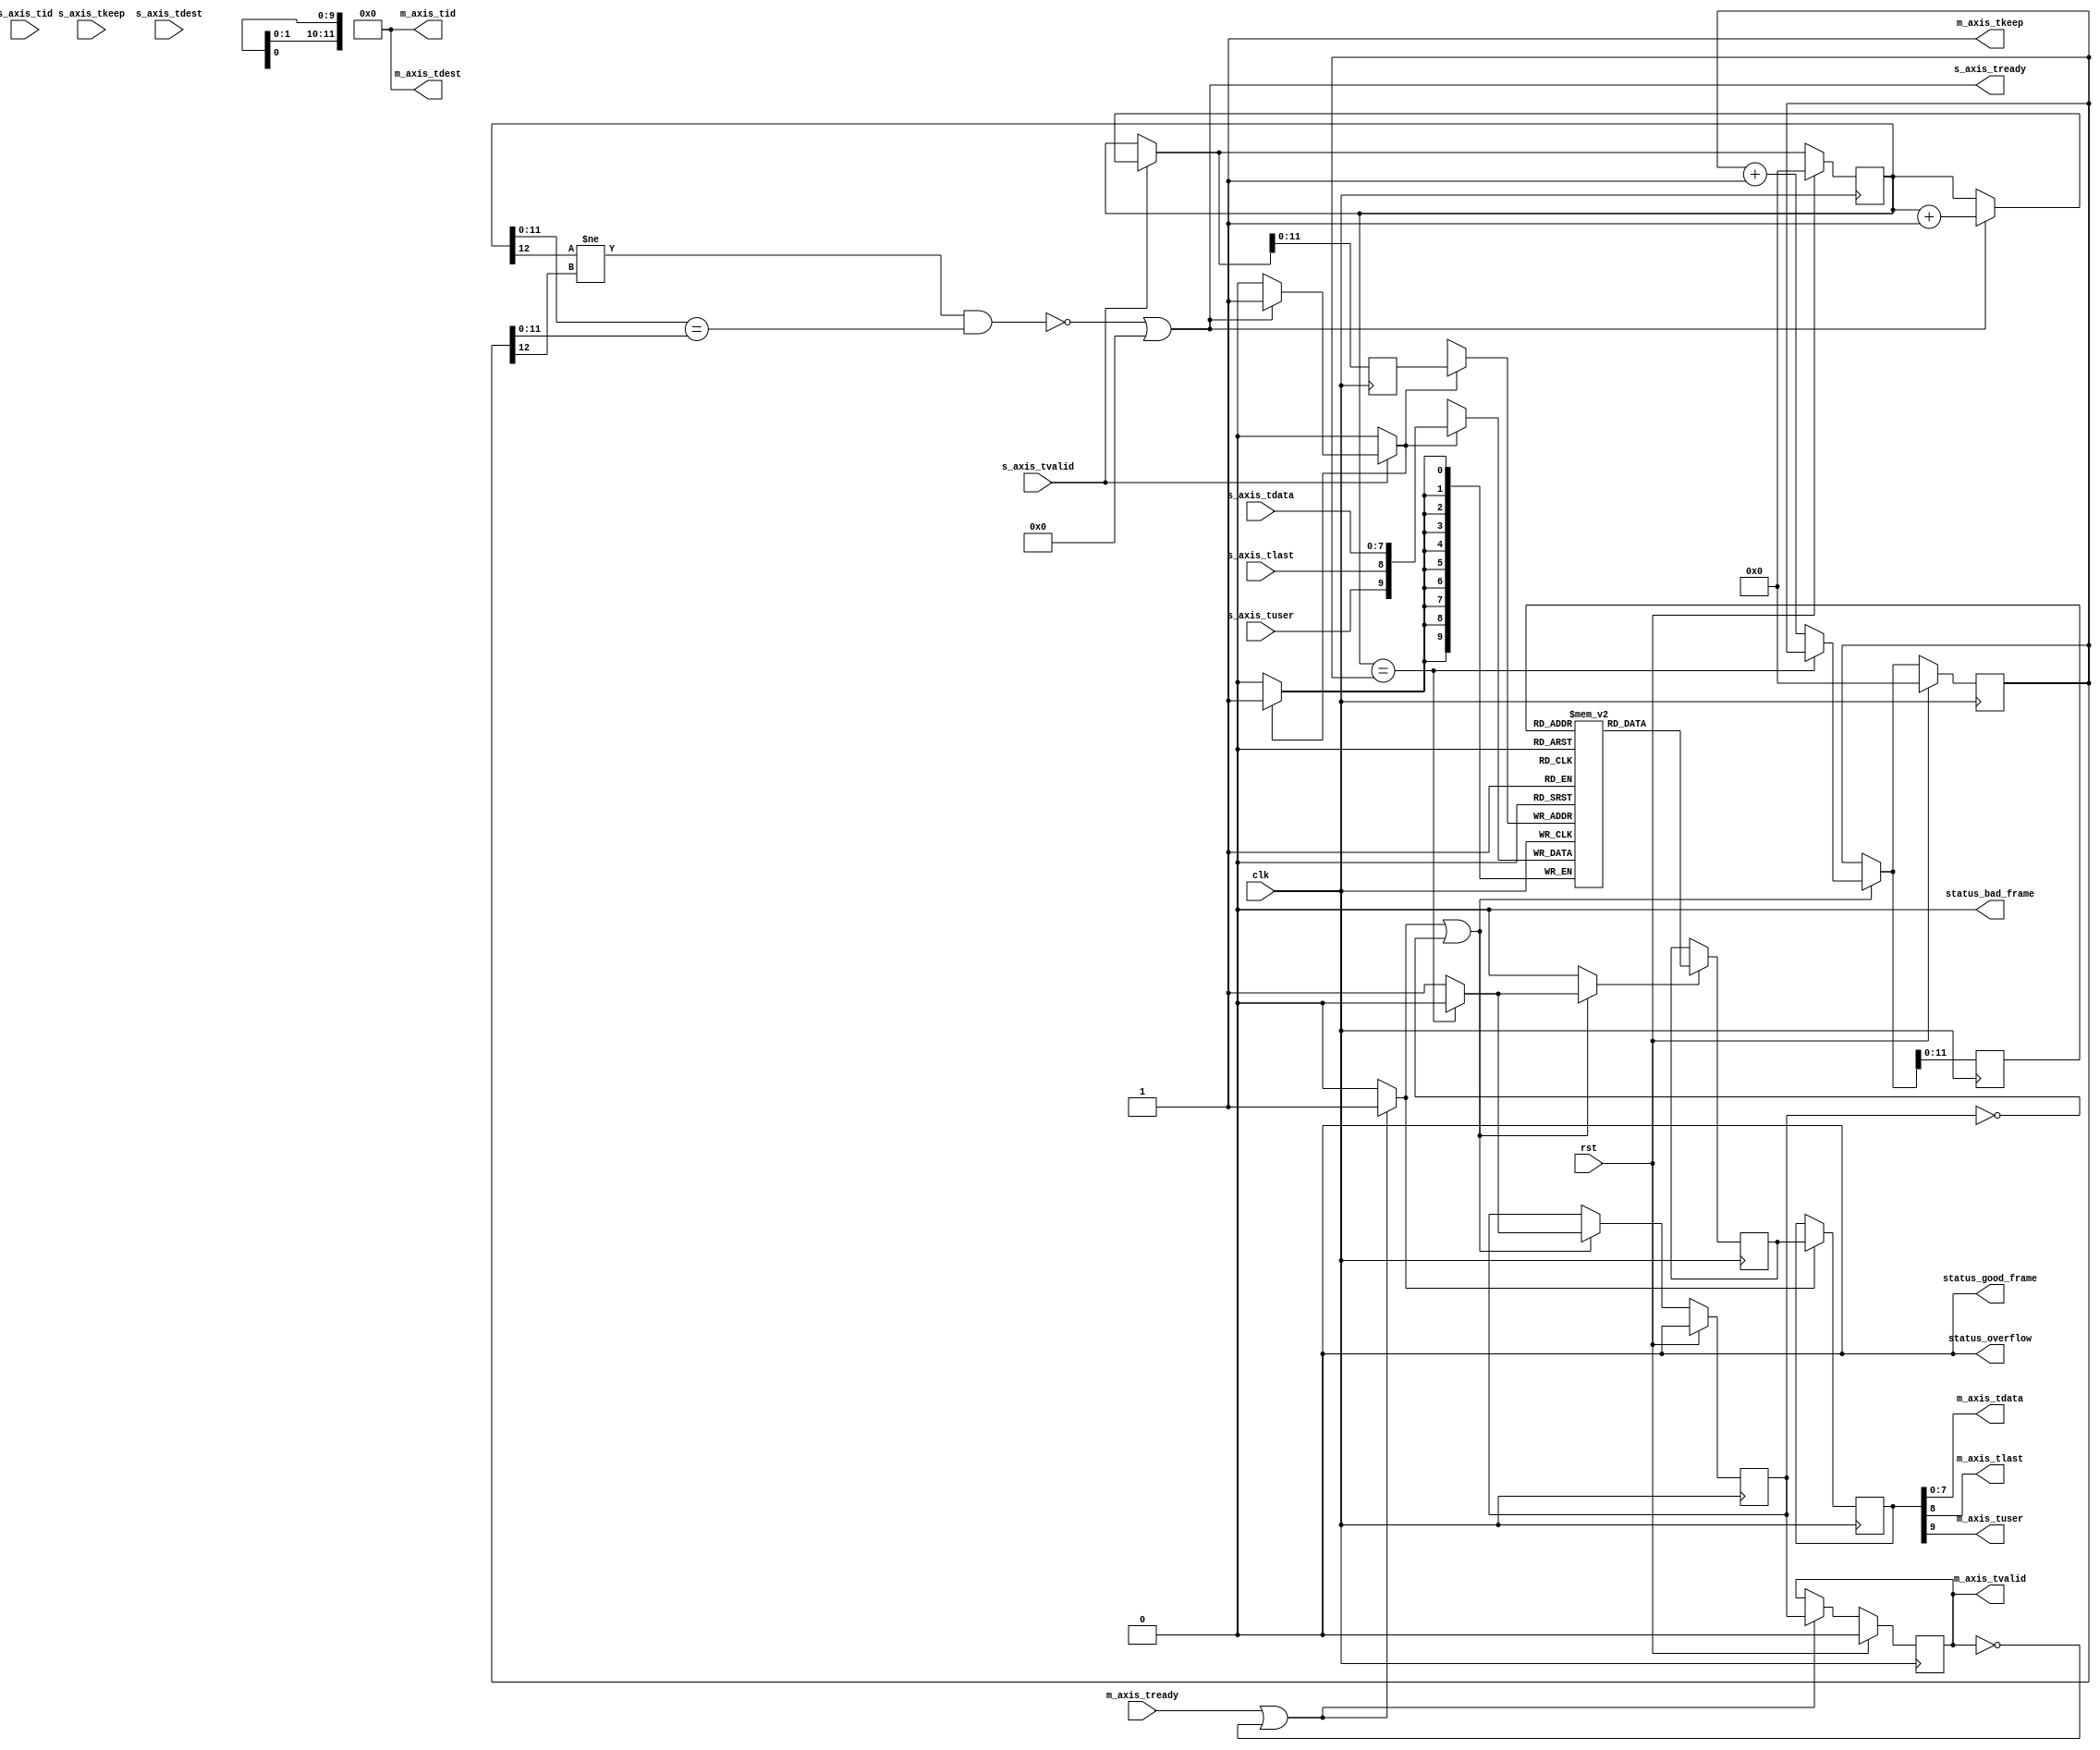
/*

Copyright (c) 2013-2018 Alex Forencich

Permission is hereby granted, free of charge, to any person obtaining a copy
of this software and associated documentation files (the "Software"), to deal
in the Software without restriction, including without limitation the rights
to use, copy, modify, merge, publish, distribute, sublicense, and/or sell
copies of the Software, and to permit persons to whom the Software is
furnished to do so, subject to the following conditions:

The above copyright notice and this permission notice shall be included in
all copies or substantial portions of the Software.

THE SOFTWARE IS PROVIDED "AS IS", WITHOUT WARRANTY OF ANY KIND, EXPRESS OR
IMPLIED, INCLUDING BUT NOT LIMITED TO THE WARRANTIES OF MERCHANTABILITY
FITNESS FOR A PARTICULAR PURPOSE AND NONINFRINGEMENT. IN NO EVENT SHALL THE
AUTHORS OR COPYRIGHT HOLDERS BE LIABLE FOR ANY CLAIM, DAMAGES OR OTHER
LIABILITY, WHETHER IN AN ACTION OF CONTRACT, TORT OR OTHERWISE, ARISING FROM,
OUT OF OR IN CONNECTION WITH THE SOFTWARE OR THE USE OR OTHER DEALINGS IN
THE SOFTWARE.

*/

// Language: Verilog 2001

`timescale 1ns / 1ps

/*
 * AXI4-Stream FIFO
 */
module axis_fifo #
(
    parameter ADDR_WIDTH = 12,
    parameter DATA_WIDTH = 8,
    parameter KEEP_ENABLE = (DATA_WIDTH>8),
    parameter KEEP_WIDTH = (DATA_WIDTH/8),
    parameter LAST_ENABLE = 1,
    parameter ID_ENABLE = 0,
    parameter ID_WIDTH = 8,
    parameter DEST_ENABLE = 0,
    parameter DEST_WIDTH = 8,
    parameter USER_ENABLE = 1,
    parameter USER_WIDTH = 1,
    parameter FRAME_FIFO = 0,
    parameter USER_BAD_FRAME_VALUE = 1'b1,
    parameter USER_BAD_FRAME_MASK = 1'b1,
    parameter DROP_BAD_FRAME = 0,
    parameter DROP_WHEN_FULL = 0
)
(
    input  wire                   clk,
    input  wire                   rst,

    /*
     * AXI input
     */
    input  wire [DATA_WIDTH-1:0]  s_axis_tdata,
    input  wire [KEEP_WIDTH-1:0]  s_axis_tkeep,
    input  wire                   s_axis_tvalid,
    output wire                   s_axis_tready,
    input  wire                   s_axis_tlast,
    input  wire [ID_WIDTH-1:0]    s_axis_tid,
    input  wire [DEST_WIDTH-1:0]  s_axis_tdest,
    input  wire [USER_WIDTH-1:0]  s_axis_tuser,

    /*
     * AXI output
     */
    output wire [DATA_WIDTH-1:0]  m_axis_tdata,
    output wire [KEEP_WIDTH-1:0]  m_axis_tkeep,
    output wire                   m_axis_tvalid,
    input  wire                   m_axis_tready,
    output wire                   m_axis_tlast,
    output wire [ID_WIDTH-1:0]    m_axis_tid,
    output wire [DEST_WIDTH-1:0]  m_axis_tdest,
    output wire [USER_WIDTH-1:0]  m_axis_tuser,

    /*
     * Status
     */
    output wire                   status_overflow,
    output wire                   status_bad_frame,
    output wire                   status_good_frame
);

// check configuration
initial begin
    if (FRAME_FIFO && !LAST_ENABLE) begin
        $error("Error: FRAME_FIFO set requires LAST_ENABLE set");
        $finish;
    end

    if (DROP_BAD_FRAME && !FRAME_FIFO) begin
        $error("Error: DROP_BAD_FRAME set requires FRAME_FIFO set");
        $finish;
    end

    if (DROP_WHEN_FULL && !FRAME_FIFO) begin
        $error("Error: DROP_WHEN_FULL set requires FRAME_FIFO set");
        $finish;
    end

    if (DROP_BAD_FRAME && (USER_BAD_FRAME_MASK & {USER_WIDTH{1'b1}}) == 0) begin
        $error("Error: Invalid USER_BAD_FRAME_MASK value");
        $finish;
    end
end

localparam KEEP_OFFSET = DATA_WIDTH;
localparam LAST_OFFSET = KEEP_OFFSET + (KEEP_ENABLE ? KEEP_WIDTH : 0);
localparam ID_OFFSET   = LAST_OFFSET + (LAST_ENABLE ? 1          : 0);
localparam DEST_OFFSET = ID_OFFSET   + (ID_ENABLE   ? ID_WIDTH   : 0);
localparam USER_OFFSET = DEST_OFFSET + (DEST_ENABLE ? DEST_WIDTH : 0);
localparam WIDTH       = USER_OFFSET + (USER_ENABLE ? USER_WIDTH : 0);

reg [ADDR_WIDTH:0] wr_ptr_reg = {ADDR_WIDTH+1{1'b0}}, wr_ptr_next;
reg [ADDR_WIDTH:0] wr_ptr_cur_reg = {ADDR_WIDTH+1{1'b0}}, wr_ptr_cur_next;
reg [ADDR_WIDTH:0] wr_addr_reg = {ADDR_WIDTH+1{1'b0}};
reg [ADDR_WIDTH:0] rd_ptr_reg = {ADDR_WIDTH+1{1'b0}}, rd_ptr_next;
reg [ADDR_WIDTH:0] rd_addr_reg = {ADDR_WIDTH+1{1'b0}};

reg [WIDTH-1:0] mem[(2**ADDR_WIDTH)-1:0];
reg [WIDTH-1:0] mem_read_data_reg;
reg mem_read_data_valid_reg = 1'b0, mem_read_data_valid_next;

wire [WIDTH-1:0] s_axis;

reg [WIDTH-1:0] m_axis_reg;
reg m_axis_tvalid_reg = 1'b0, m_axis_tvalid_next;

// full when first MSB different but rest same
wire full = ((wr_ptr_reg[ADDR_WIDTH] != rd_ptr_reg[ADDR_WIDTH]) &&
             (wr_ptr_reg[ADDR_WIDTH-1:0] == rd_ptr_reg[ADDR_WIDTH-1:0]));
// empty when pointers match exactly
wire empty = wr_ptr_reg == rd_ptr_reg;
// overflow within packet
wire full_cur = ((wr_ptr_reg[ADDR_WIDTH] != wr_ptr_cur_reg[ADDR_WIDTH]) &&
                 (wr_ptr_reg[ADDR_WIDTH-1:0] == wr_ptr_cur_reg[ADDR_WIDTH-1:0]));

// control signals
reg write;
reg read;
reg store_output;

reg drop_frame_reg = 1'b0, drop_frame_next;
reg overflow_reg = 1'b0, overflow_next;
reg bad_frame_reg = 1'b0, bad_frame_next;
reg good_frame_reg = 1'b0, good_frame_next;

assign s_axis_tready = (!full || DROP_WHEN_FULL);

generate
    assign s_axis[DATA_WIDTH-1:0] = s_axis_tdata;
    if (KEEP_ENABLE) assign s_axis[KEEP_OFFSET +: KEEP_WIDTH] = s_axis_tkeep;
    if (LAST_ENABLE) assign s_axis[LAST_OFFSET]               = s_axis_tlast;
    if (ID_ENABLE)   assign s_axis[ID_OFFSET   +: ID_WIDTH]   = s_axis_tid;
    if (DEST_ENABLE) assign s_axis[DEST_OFFSET +: DEST_WIDTH] = s_axis_tdest;
    if (USER_ENABLE) assign s_axis[USER_OFFSET +: USER_WIDTH] = s_axis_tuser;
endgenerate

assign m_axis_tvalid = m_axis_tvalid_reg;

assign m_axis_tdata = m_axis_reg[DATA_WIDTH-1:0];
assign m_axis_tkeep = KEEP_ENABLE ? m_axis_reg[KEEP_OFFSET +: KEEP_WIDTH] : {KEEP_WIDTH{1'b1}};
assign m_axis_tlast = LAST_ENABLE ? m_axis_reg[LAST_OFFSET]               : 1'b1;
assign m_axis_tid   = ID_ENABLE   ? m_axis_reg[ID_OFFSET   +: ID_WIDTH]   : {ID_WIDTH{1'b0}};
assign m_axis_tdest = DEST_ENABLE ? m_axis_reg[DEST_OFFSET +: DEST_WIDTH] : {DEST_WIDTH{1'b0}};
assign m_axis_tuser = USER_ENABLE ? m_axis_reg[USER_OFFSET +: USER_WIDTH] : {USER_WIDTH{1'b0}};

assign status_overflow = overflow_reg;
assign status_bad_frame = bad_frame_reg;
assign status_good_frame = good_frame_reg;

// Write logic
always @* begin
    write = 1'b0;

    drop_frame_next = 1'b0;
    overflow_next = 1'b0;
    bad_frame_next = 1'b0;
    good_frame_next = 1'b0;

    wr_ptr_next = wr_ptr_reg;
    wr_ptr_cur_next = wr_ptr_cur_reg;

    if (s_axis_tvalid) begin
        // input data valid
        if (!full || DROP_WHEN_FULL) begin
            // not full, perform write
            if (!FRAME_FIFO) begin
                // normal FIFO mode
                write = 1'b1;
                wr_ptr_next = wr_ptr_reg + 1;
            end else if (full || full_cur || drop_frame_reg) begin
                // full, packet overflow, or currently dropping frame
                // drop frame
                drop_frame_next = 1'b1;
                if (s_axis_tlast) begin
                    // end of frame, reset write pointer
                    wr_ptr_cur_next = wr_ptr_reg;
                    drop_frame_next = 1'b0;
                    overflow_next = 1'b1;
                end
            end else begin
                write = 1'b1;
                wr_ptr_cur_next = wr_ptr_cur_reg + 1;
                if (s_axis_tlast) begin
                    // end of frame
                    if (DROP_BAD_FRAME && (USER_BAD_FRAME_MASK & s_axis_tuser == USER_BAD_FRAME_VALUE)) begin
                        // bad packet, reset write pointer
                        wr_ptr_cur_next = wr_ptr_reg;
                        bad_frame_next = 1'b1;
                    end else begin
                        // good packet, update write pointer
                        wr_ptr_next = wr_ptr_cur_reg + 1;
                        good_frame_next = 1'b1;
                    end
                end
            end
        end
    end
end

always @(posedge clk) begin
    if (rst) begin
        wr_ptr_reg <= {ADDR_WIDTH+1{1'b0}};
        wr_ptr_cur_reg <= {ADDR_WIDTH+1{1'b0}};

        drop_frame_reg <= 1'b0;
        overflow_reg <= 1'b0;
        bad_frame_reg <= 1'b0;
        good_frame_reg <= 1'b0;
    end else begin
        wr_ptr_reg <= wr_ptr_next;
        wr_ptr_cur_reg <= wr_ptr_cur_next;

        drop_frame_reg <= drop_frame_next;
        overflow_reg <= overflow_next;
        bad_frame_reg <= bad_frame_next;
        good_frame_reg <= good_frame_next;
    end

    if (FRAME_FIFO) begin
        wr_addr_reg <= wr_ptr_cur_next;
    end else begin
        wr_addr_reg <= wr_ptr_next;
    end

    if (write) begin
        mem[wr_addr_reg[ADDR_WIDTH-1:0]] <= s_axis;
    end
end

// Read logic
always @* begin
    read = 1'b0;

    rd_ptr_next = rd_ptr_reg;

    mem_read_data_valid_next = mem_read_data_valid_reg;

    if (store_output || !mem_read_data_valid_reg) begin
        // output data not valid OR currently being transferred
        if (!empty) begin
            // not empty, perform read
            read = 1'b1;
            mem_read_data_valid_next = 1'b1;
            rd_ptr_next = rd_ptr_reg + 1;
        end else begin
            // empty, invalidate
            mem_read_data_valid_next = 1'b0;
        end
    end
end

always @(posedge clk) begin
    if (rst) begin
        rd_ptr_reg <= {ADDR_WIDTH+1{1'b0}};
        mem_read_data_valid_reg <= 1'b0;
    end else begin
        rd_ptr_reg <= rd_ptr_next;
        mem_read_data_valid_reg <= mem_read_data_valid_next;
    end

    rd_addr_reg <= rd_ptr_next;

    if (read) begin
        mem_read_data_reg <= mem[rd_addr_reg[ADDR_WIDTH-1:0]];
    end
end

// Output register
always @* begin
    store_output = 1'b0;

    m_axis_tvalid_next = m_axis_tvalid_reg;

    if (m_axis_tready || !m_axis_tvalid) begin
        store_output = 1'b1;
        m_axis_tvalid_next = mem_read_data_valid_reg;
    end
end

always @(posedge clk) begin
    if (rst) begin
        m_axis_tvalid_reg <= 1'b0;
    end else begin
        m_axis_tvalid_reg <= m_axis_tvalid_next;
    end

    if (store_output) begin
        m_axis_reg <= mem_read_data_reg;
    end
end

endmodule